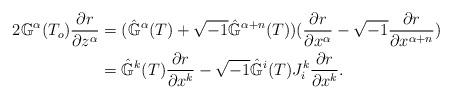
LaTeX: \begin{align*}2\mathbb{G}^\alpha(T_o) \frac{\partial r}{\partial z^\alpha}&= (\hat{\mathbb{G}}^{\alpha}(T) + \sqrt{-1}\hat{\mathbb{G}}^{\alpha+n}(T))(\frac{\partial r}{\partial x^\alpha}-\sqrt{-1}\frac{\partial r}{\partial x^{\alpha+n}})\\&=\hat{\mathbb{G}}^{k}(T)\frac{\partial r}{\partial x^k}-\sqrt{-1}\hat{\mathbb{G}}^{i}(T)J^k_i\frac{\partial r}{\partial x^k}.\end{align*}